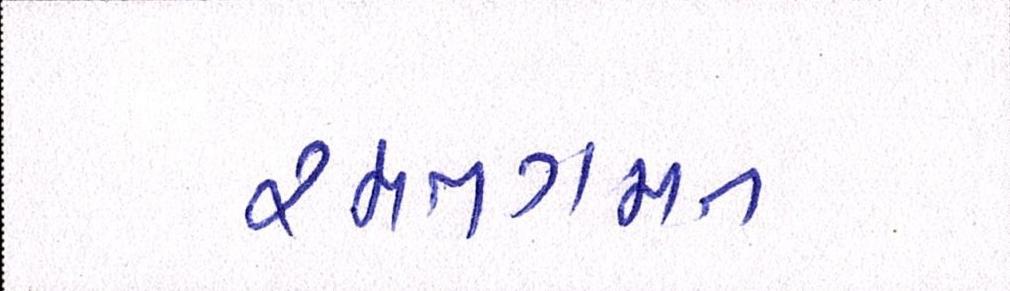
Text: રમતગમત